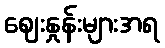
ဈေးနှုန်းများအရ